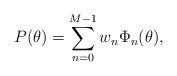
LaTeX: \begin{align*}P(\theta) = \sum_{n=0}^{M-1} w_{n} \Phi_{n}(\theta),\end{align*}